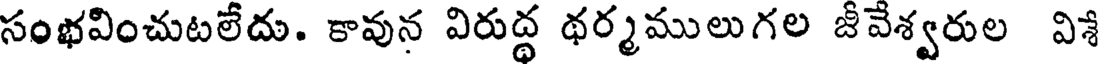
సంభవించుటలేదు. కావున విరుద్ధ థర్మములుగల జీవేశ్వరుల విశే